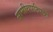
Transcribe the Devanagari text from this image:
सामीचपटिपन्नो